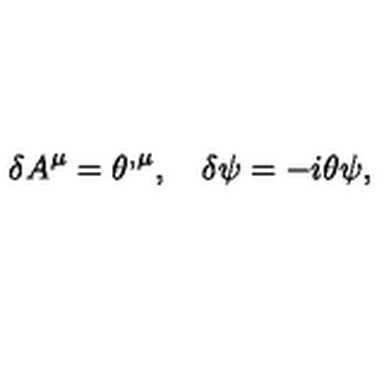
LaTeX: \delta A ^ { \mu } = \theta ^ { , \mu } , \quad \delta \psi = - i \theta \psi ,